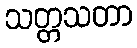
သတ္တသတာ